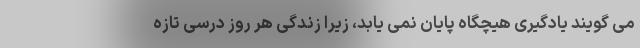
می گویند یادگیری هیچگاه پایان نمی یابد، زیرا زندگی هر روز درسی تازه